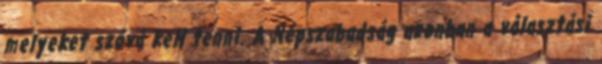
melyeket szóvá kell tenni. A Népszabadság azonban a választási